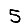
Digit: 5